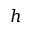
h